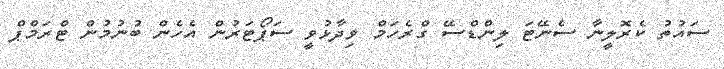
ސައުތު ކެރޮލީނާ ސެނޭޓަ ލިންޑްސޭ ގްރެހަމް ވިދާޅުވީ ސަޕޯޓަރުން އެހެން ބުނުމުން ޓްރަމްޕް